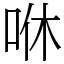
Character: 咻